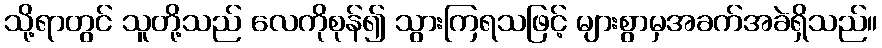
သို့ရာတွင် သူတို့သည် လေကိုစုန်၍ သွားကြရသဖြင့် များစွာမှအခက်အခဲရှိသည်။